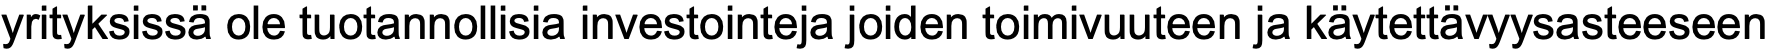
yrityksissä ole tuotannollisia investointeja joiden toimivuuteen ja käytettävyysasteeseen